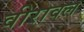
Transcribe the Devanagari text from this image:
वीरावल